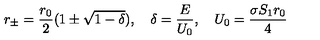
r _ { \pm } = \frac { r _ { 0 } } { 2 } ( 1 \pm \sqrt { 1 - \delta } ) , \quad \delta = \frac { E } { U _ { 0 } } , \quad U _ { 0 } = \frac { \sigma S _ { 1 } r _ { 0 } } { 4 }